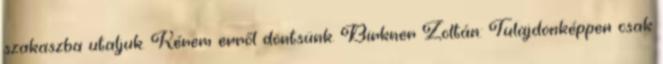
szakaszba utaljuk. Kérem erről döntsünk. Birkner Zoltán: Tulajdonképpen csak